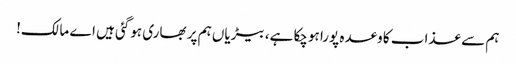
ہم سے عذاب کا وعدہ پورا ہوچکا ہے، بیڑیاں ہم پر بھاری ہوگئی ہیں اے مالک!